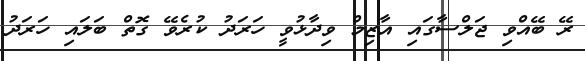
ރޭ ބޭއްވި ޖަލްސާގައި އާޒިމް ވިދާޅުވީ ހަރަދު ކުރެވޭ ގޮތް ބަލައި ހަރަދު